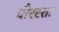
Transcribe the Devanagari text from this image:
चौरस्ता